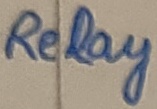
Text: Relay